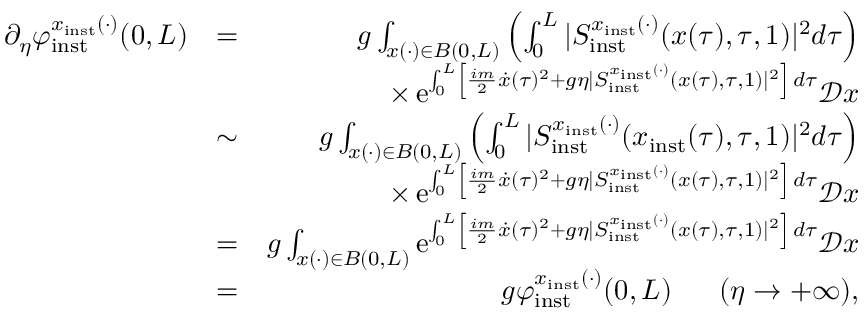
\begin{array} { r l r } { \partial _ { \eta } \varphi _ { \mathrm { i n s t } } ^ { x _ { \mathrm { i n s t } } ( \cdot ) } ( 0 , L ) } & { = } & { g \int _ { x ( \cdot ) \in B ( 0 , L ) } \left( \int _ { 0 } ^ { L } \vert S _ { \mathrm { i n s t } } ^ { x _ { \mathrm { i n s t } } ( \cdot ) } ( x ( \tau ) , \tau , 1 ) \vert ^ { 2 } d \tau \right) } \\ & { } & { \times \, \mathrm { e } ^ { \int _ { 0 } ^ { L } \left\lbrack \frac { i m } { 2 } \dot { x } ( \tau ) ^ { 2 } + g \eta \vert S _ { \mathrm { i n s t } } ^ { x _ { \mathrm { i n s t } } ( \cdot ) } ( x ( \tau ) , \tau , 1 ) \vert ^ { 2 } \right\rbrack \, d \tau } \mathscr { D } x } \\ & { \sim } & { g \int _ { x ( \cdot ) \in B ( 0 , L ) } \left( \int _ { 0 } ^ { L } \vert S _ { \mathrm { i n s t } } ^ { x _ { \mathrm { i n s t } } ( \cdot ) } ( x _ { \mathrm { i n s t } } ( \tau ) , \tau , 1 ) \vert ^ { 2 } d \tau \right) } \\ & { } & { \times \, \mathrm { e } ^ { \int _ { 0 } ^ { L } \left\lbrack \frac { i m } { 2 } \dot { x } ( \tau ) ^ { 2 } + g \eta \vert S _ { \mathrm { i n s t } } ^ { x _ { \mathrm { i n s t } } ( \cdot ) } ( x ( \tau ) , \tau , 1 ) \vert ^ { 2 } \right\rbrack \, d \tau } \mathscr { D } x } \\ & { = } & { g \int _ { x ( \cdot ) \in B ( 0 , L ) } \mathrm { e } ^ { \int _ { 0 } ^ { L } \left\lbrack \frac { i m } { 2 } \dot { x } ( \tau ) ^ { 2 } + g \eta \vert S _ { \mathrm { i n s t } } ^ { x _ { \mathrm { i n s t } } ( \cdot ) } ( x ( \tau ) , \tau , 1 ) \vert ^ { 2 } \right\rbrack \, d \tau } \mathscr { D } x } \\ & { = } & { g \varphi _ { \mathrm { i n s t } } ^ { x _ { \mathrm { i n s t } } ( \cdot ) } ( 0 , L ) \ \ \ \ \ ( \eta \to + \infty ) , } \end{array}